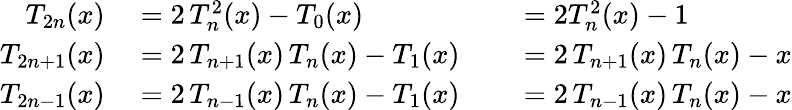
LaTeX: \begin{array}{rlrl}{T_{2n}(x)}&{{}=2\, T_{n}^{2}(x)-T_{0}(x)}&{}&{{}=2T_{n}^{2}(x)-1}\\ {T_{2n+1}(x)}&{{}=2\, T_{n+1}(x)\, T_{n}(x)-T_{1}(x)}&{}&{{}=2\, T_{n+1}(x)\, T_{n}(x)-x}\\ {T_{2n-1}(x)}&{{}=2\, T_{n-1}(x)\, T_{n}(x)-T_{1}(x)}&{}&{{}=2\, T_{n-1}(x)\, T_{n}(x)-x}\end{array}